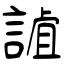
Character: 謯